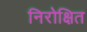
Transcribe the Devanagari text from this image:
निरोक्षित